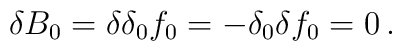
\delta B_0=\delta \delta_0 f_0=-\delta_0 \delta f_0=0\,.